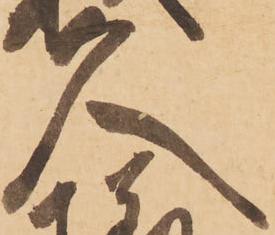
久